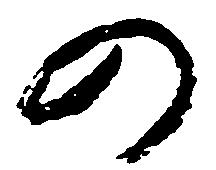
の